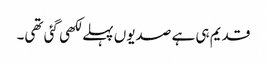
قدیم ہی ہے صدیوں پہلے لکھی گئی تھی۔